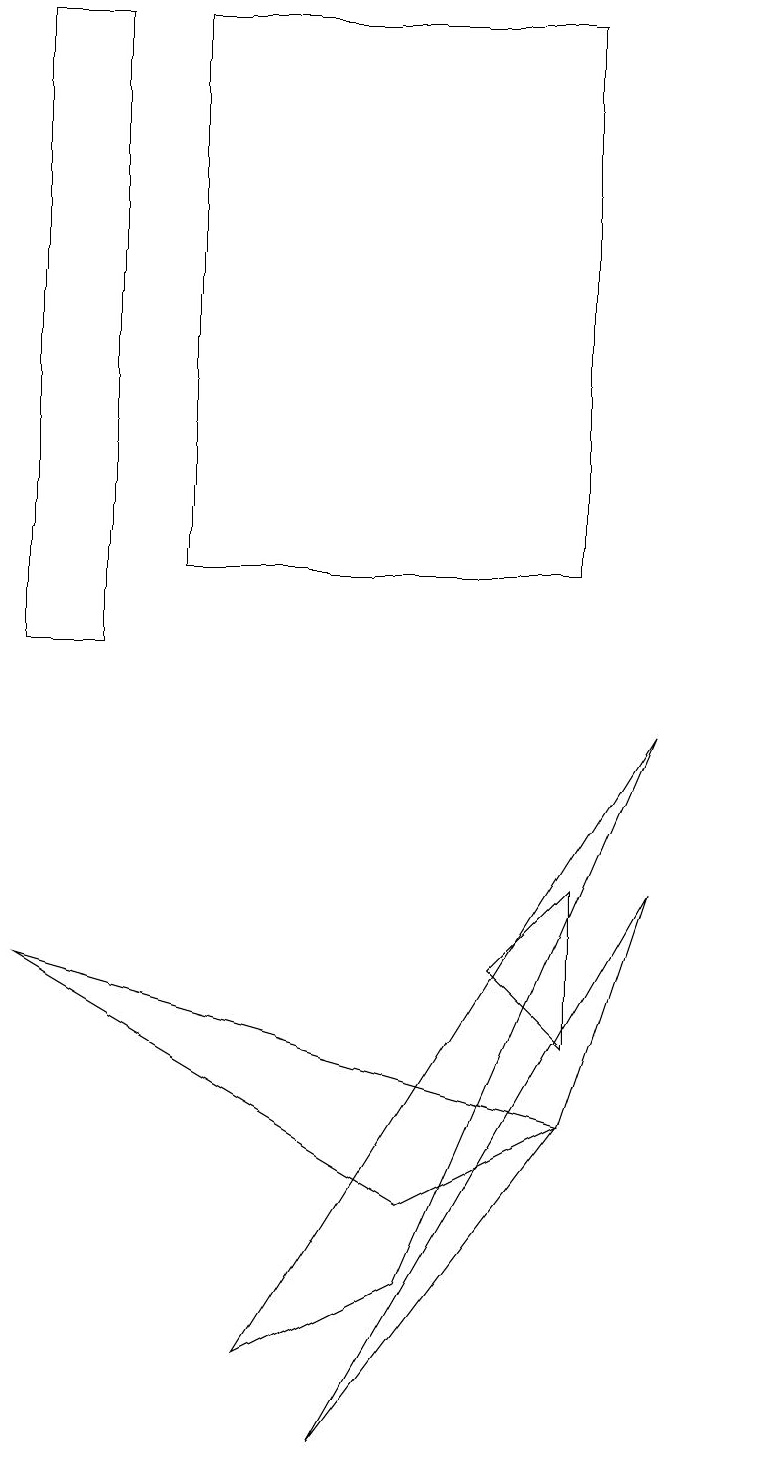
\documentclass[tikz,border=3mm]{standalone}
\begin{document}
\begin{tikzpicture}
\draw (7,18) rectangle (6,18);
\draw (8,5) -- (8,7) -- (7,6) -- cycle;
\draw (2,18) rectangle (1,10);
\draw (1,6) -- (6,3) -- (8,4) -- cycle;
\draw (8,4) -- (9,7) -- (5,0) -- cycle;
\draw (6,2) -- (9,9) -- (4,1) -- cycle;
\draw (10,10) circle (0);
\draw (3,18) rectangle (8,11);
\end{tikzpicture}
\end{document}